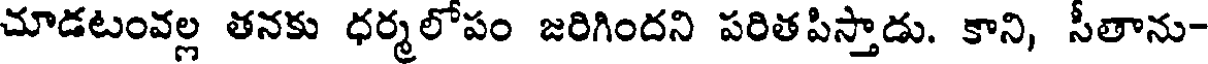
చూడటంవల్ల తనకు ధర్మలోపం జరిగిందని పరితపిస్తాడు. కాని, సీతాను-